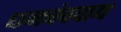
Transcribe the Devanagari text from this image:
धनचंचवाद्य